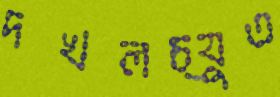
দখলচ্যুত